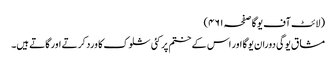
(لائٹ آف یوگا صفحہ ۴۶۱)
مشاق یوگی دوران یوگا اور اس کے ختم پر کئی شلوک کا ورد کرتے اور گاتے ہیں۔